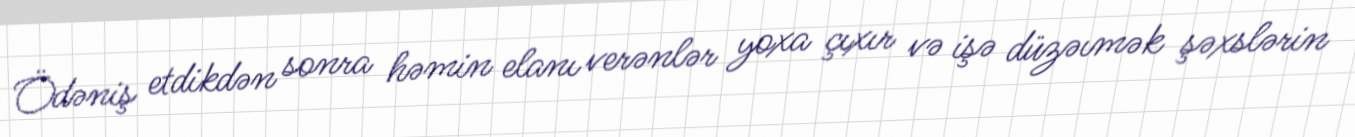
Ödəniş etdikdən sonra həmin elanı verənlər yoxa çıxır və işə düzəımək şəxslərin